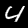
Label: 4